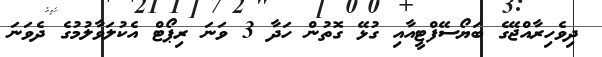
ދިވެހިރާއްޖޭގެ ބަޔޯސޭފްޓީއާއި ގުޅޭ ގޮތުން ހަދާ 3 ވަނަ ރިޕޯޓް އެކުލަވާލުމުގެ ދެވަނަ